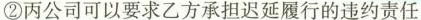
②丙公司可以要求乙方承担迟延履行的违约责任